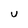
Character: u